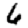
Digit: 6